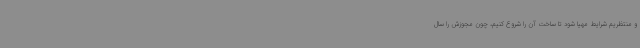
و منتظریم شرایط مهیا شود تا ساخت آن را شروع کنیم، چون مجوزش را سال